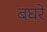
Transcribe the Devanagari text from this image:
बघरे